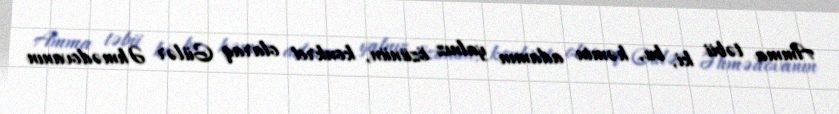
Amma təbii ki, bu, həmin adamın yalnız özünün, konkret olaraq Gülər Əhmədovanın